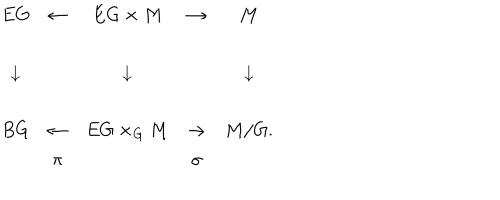
\begin{array} { c c c c c } { { E G } } & { { \leftarrow } } & { { E G \times M } } & { { \rightarrow } } & { { M } } \\ { { \downarrow } } & { { } } & { { \downarrow } } & { { } } & { { \downarrow } } \\ { { B G } } & { { \leftarrow } } & { { E G \times _ { G } M } } & { { \rightarrow } } & { { M / G . } } \\ { { } } & { { \pi } } & { { } } & { { \sigma } } & { { } } \\ \end{array}